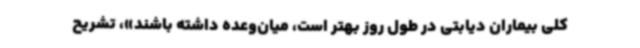
کلی بیماران دیابتی در طول روز بهتر است، میان‌وعده داشته باشند»، تشریح